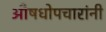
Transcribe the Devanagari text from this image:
औषधोपचारांनी